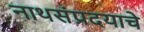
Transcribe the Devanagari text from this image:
नाथसंप्रदयाचे